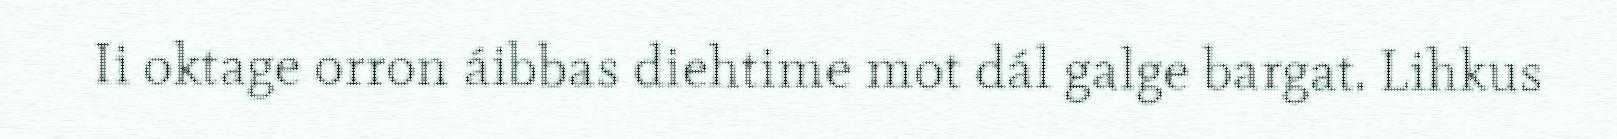
Ii oktage orron áibbas diehtime mot dál galge bargat. Lihkus